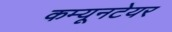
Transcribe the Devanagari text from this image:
कम्यूनटेयर